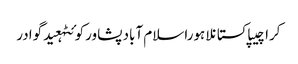
کراچیپاکستانلاہوراسلام آبادپشاورکوئٹہعیدگوادر